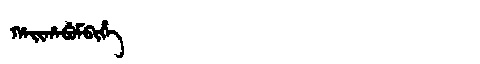
Manchu: ᡥᠠᡳᡥᠠᠪᡠᠮᠪᡳᡥᡝ
Romanization: HAIHABUMBIHE